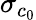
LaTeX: \sigma_{c_{0}}